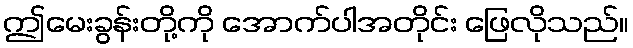
ဤမေးခွန်းတို့ကို အောက်ပါအတိုင်း ဖြေလိုသည်။